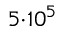
5 { \cdot } 1 0 ^ { 5 }